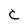
Character: C